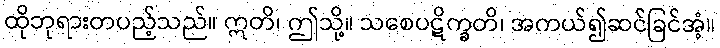
ထိုဘုရားတပည့်သည်။ ဣတိ၊ ဤသို့။ သစေပဋိက္ခတိ၊ အကယ်၍ဆင်ခြင်အံ့။